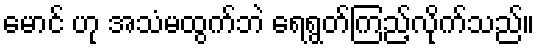
မောင် ဟု အသံမထွက်ဘဲ ရေရွတ်ကြည့်လိုက်သည်။